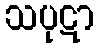
သပုဋာ